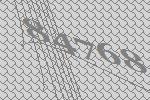
84768